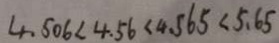
4 . 5 0 6 < 4 . 5 6 < 4 . 5 6 5 < 5 . 6 5